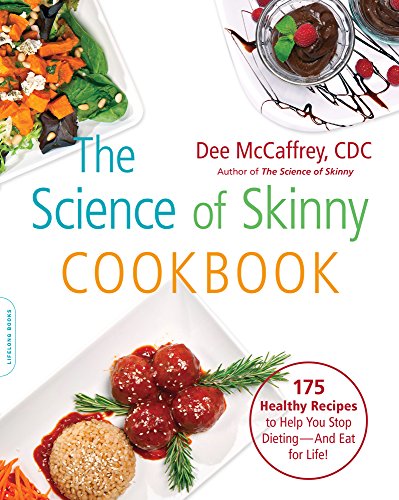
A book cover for The Science of Skinny Cookbook: 175 Healthy Recipes to Help You Stop Dieting--and Eat for Life!; Dee McCaffrey; Cookbooks, Food & Wine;